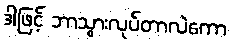
ဒါဖြင့် ဘာသွားလုပ်တာလဲကော